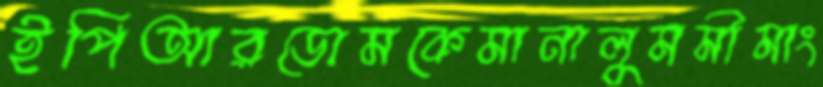
ইপিআরডোমকেমানালুমমীমাং